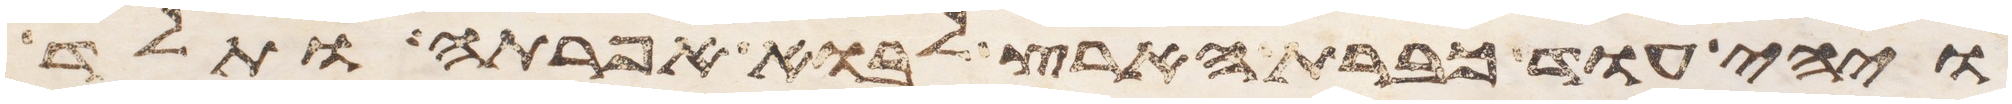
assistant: ויהי עוד כברת הארץ לבוא אפרתה ותלד